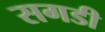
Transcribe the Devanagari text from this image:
सगडी